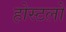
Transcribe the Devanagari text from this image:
होस्टलो